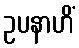
ဥပနာဟိံ